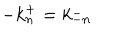
- k _ { n } ^ { + } = k _ { - n } ^ { - }